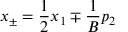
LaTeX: x _ { \pm } = \frac { 1 } { 2 } x _ { 1 } \mp \frac { 1 } { B } p _ { 2 }